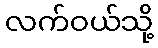
လက်ဝယ်သို့